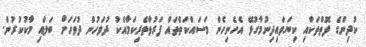
ކުދިންގެ ފޮތްތަކާއި ކިޔަވައިދިނުމާގުޅޭ އެހެނިހެން މަސައްކަތްތައް ފަރުވާތެރިކަމާއެކު ދުވަހުން ދުވަހަށް ބަލައި މާކުކުރުން.